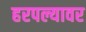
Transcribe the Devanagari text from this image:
हरपल्यावर